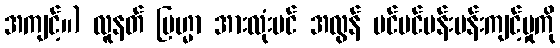
အကျင့်။) လူနတ် ဗြဟ္မာ အားလုံးပင် အလွန် ပင်ပင်ပန်းပန်းကျင့်မှုကို